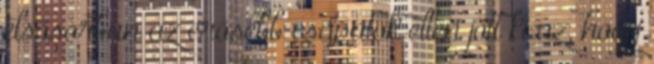
elsősorban az erősebb csapatok ellen jött ki az, hogy